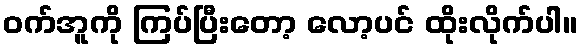
ဝက်အူကို ကြပ်ပြီးတော့ လော့ပင် ထိုးလိုက်ပါ။